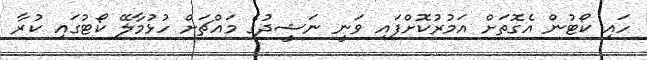
ހައި ކޯޓުން އެގޮތަށް އަމުރުކޮށްފައި ވަނީ ނަޝީދުގެ މައްޗަށް ހުޅުމާލޭ ކޯޓުގައި ކުރާ